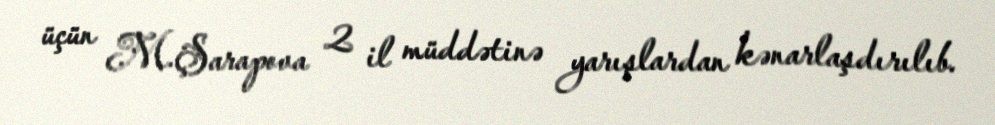
üçün M.Şarapova 2 il müddətinə yarışlardan kənarlaşdırılıb.